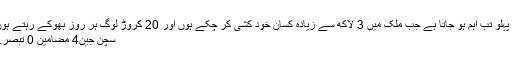
یہ پہلو تب اہم ہو جاتا ہے جب ملک میں 3 لاکھ سے زیادہ کسان خود کشی کر چکے ہوں اور 20 کروڑ لوگ ہر روز بھوکے رہتے ہوں.
سچن جین4 مضامین 0 تبصرے